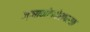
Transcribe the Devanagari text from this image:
ज्ञानोपदेशपरक